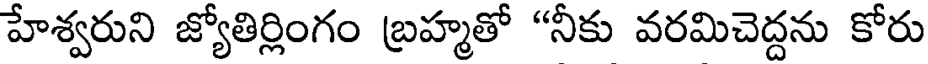
హేశ్వరుని జ్యోతిర్లింగం బ్రహ్మతో "నీకు వరమిచెద్దను కోరు